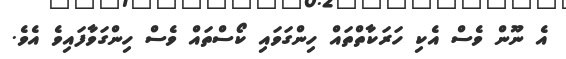
އެ ނޫން ވެސް އެކި ހަރަކާތްތައް ހިންގަވައި ކޯސްތައް ވެސް ހިންގަވާފައިވެ އެވެ.